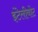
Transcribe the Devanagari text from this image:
इंटेलीबोट